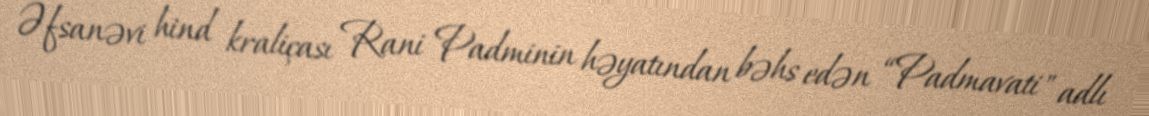
Əfsanəvi hind kraliçası Rani Padminin həyatından bəhs edən “Padmavati" adlı